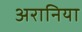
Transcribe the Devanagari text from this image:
अरानिया